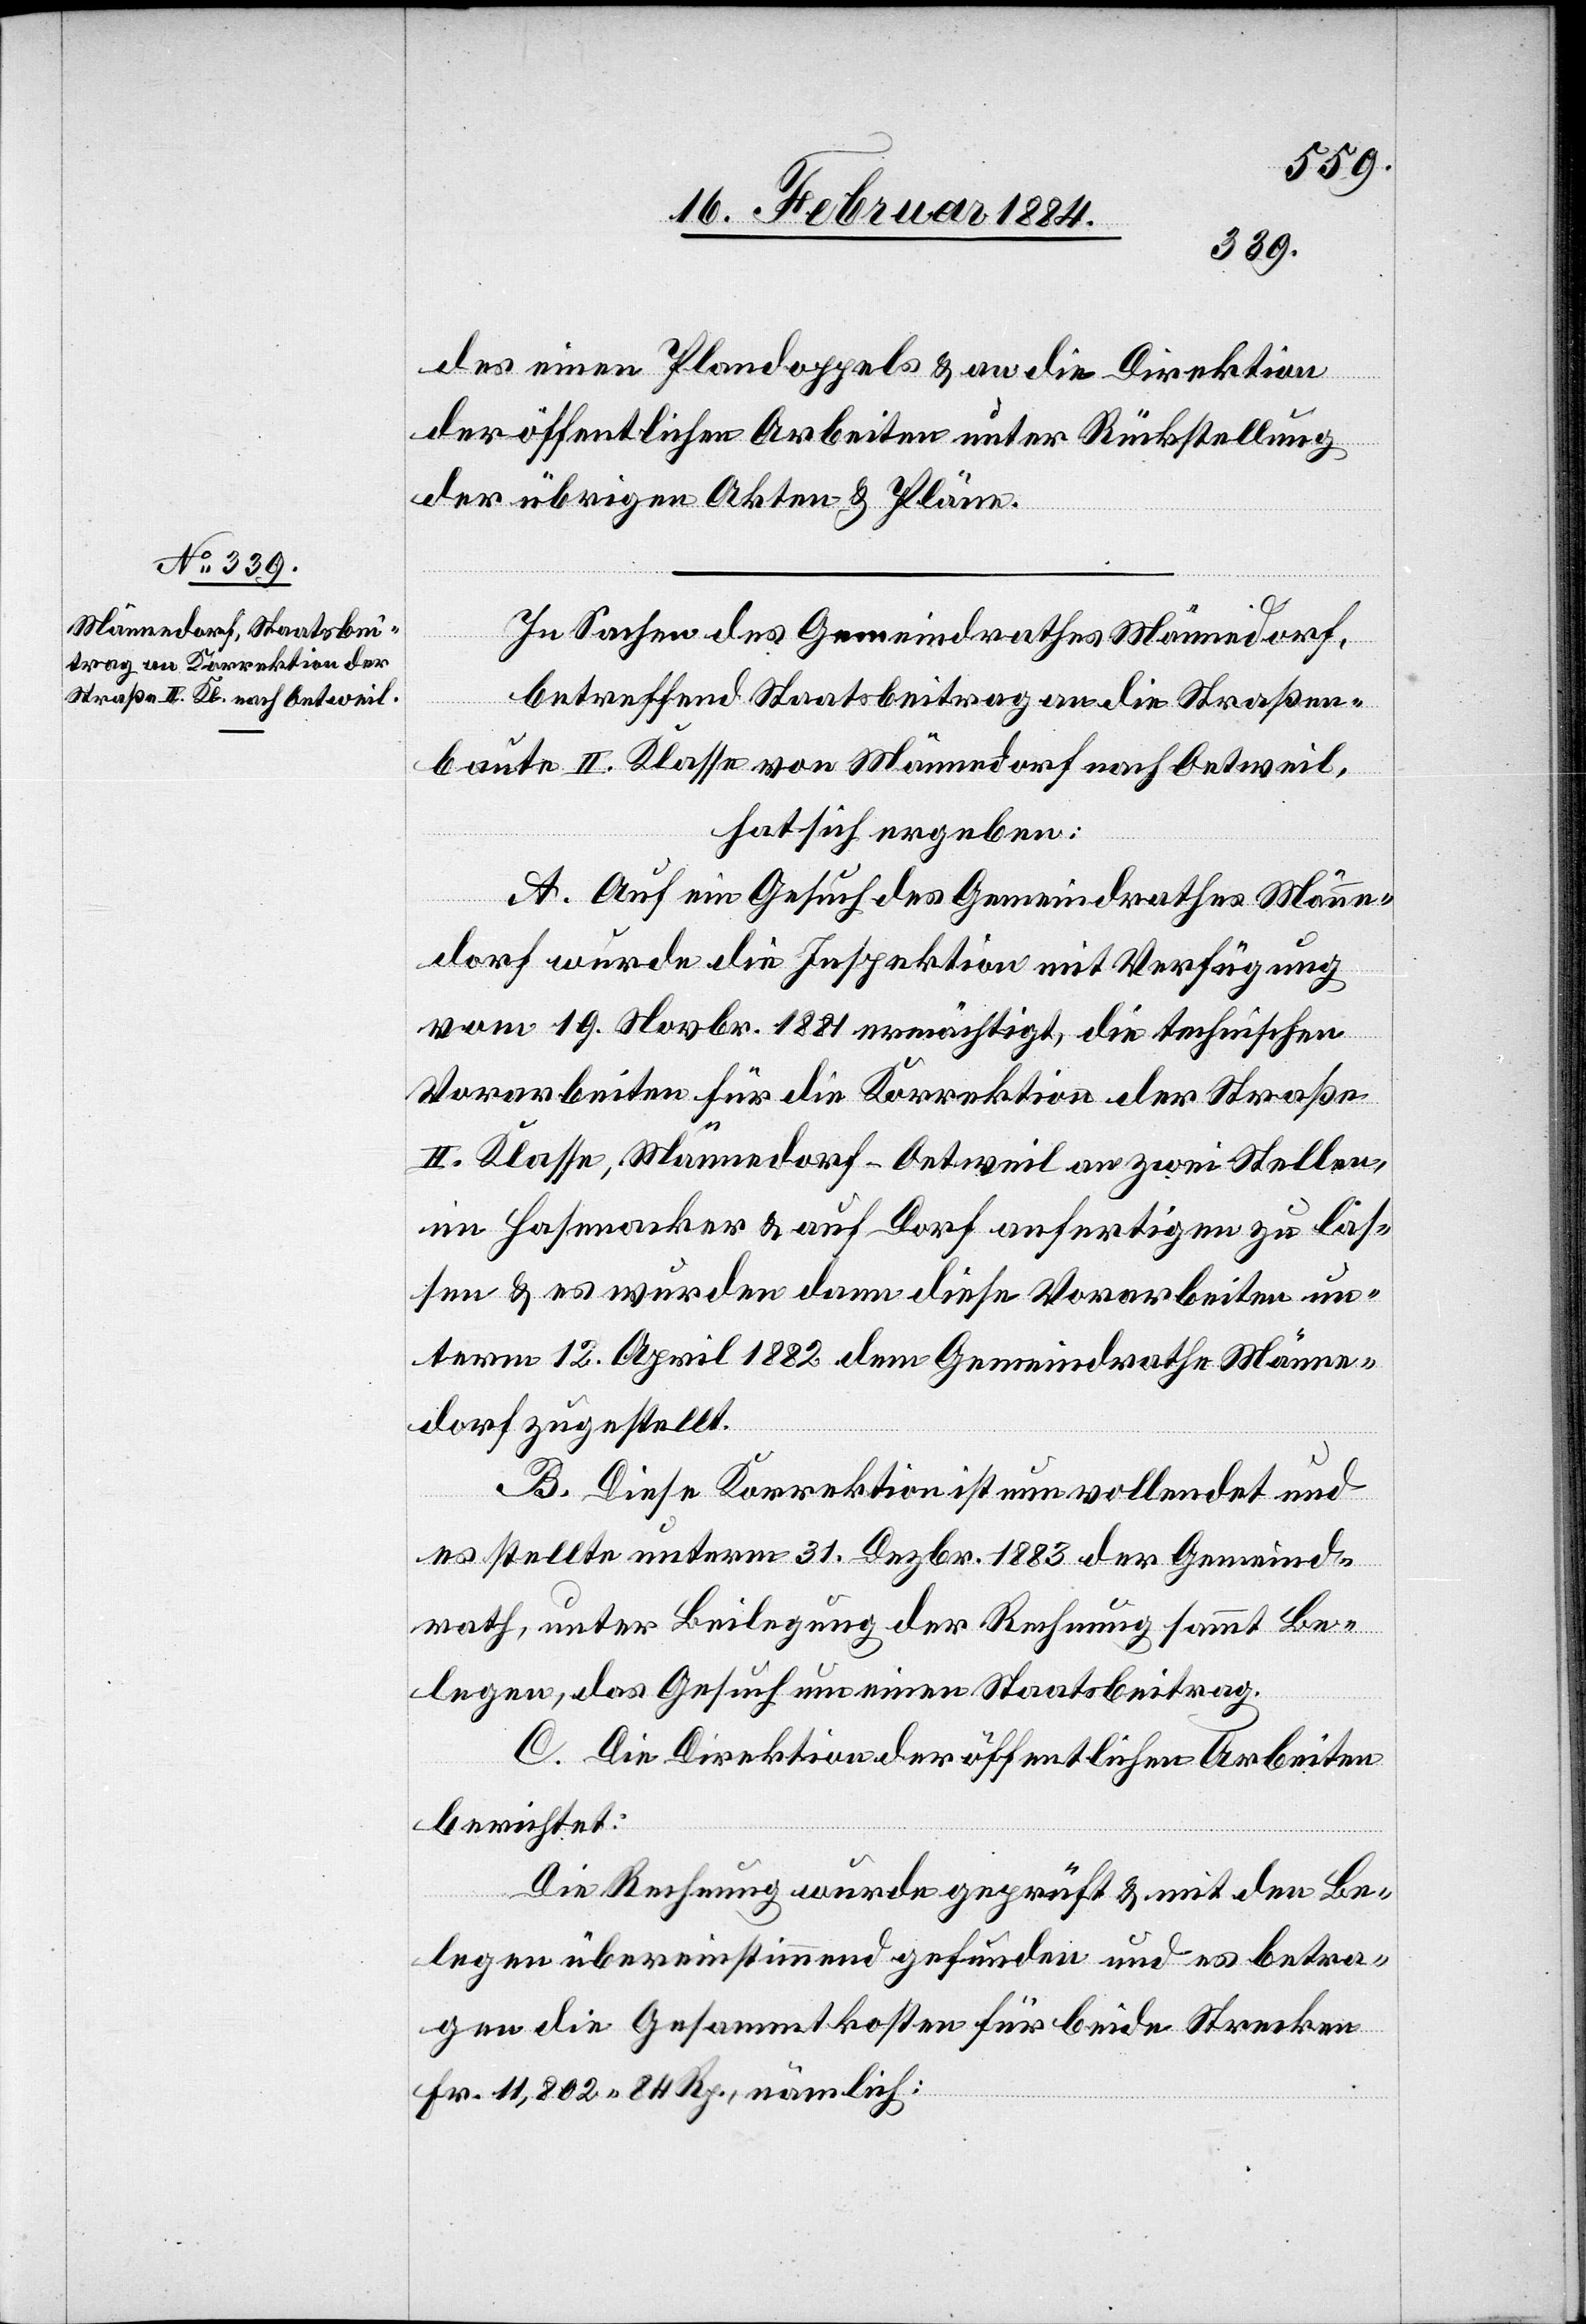
des einen Plandoppels & an die Direktion
der öffentlichen Arbeiten unter Rückstellung
der übrigen Akten & Pläne.
In Sachen des Gemeindrathes Männedorf,
betreffend Staatsbeitrag an die Straßen¬
baute II. Klasse von Männedorf nach Oetweil,
hat sich ergeben:
A. Auf ein Gesuch des Gemeindrathes Männe¬
dorf wurde die Inspektion mit Verfügung
vom 19. Novbr. 1881 ermächtigt, die technischen
Vorarbeiten für die Korrektion der Straße
II. Klasse, Männedorf–Oetweil an zwei Stellen,
im Hasenacker & auf Dorf anfertigen zu las¬
sen & es wurden dann diese Vorarbeiten un¬
term 12. April 1882 dem Gemeindrathe Männe¬
dorf zugestellt.
B. Diese Korrektion ist nun vollendet und
es stellte unterm 31. Dezbr. 1883 der Gemeind¬
rath, unter Beilegung der Rechnung sammt Be¬
legen, das Gesuch um einen Staatsbeitrag.
C. Die Direktion der öffentlichen Arbeiten
berichtet:
Die Rechnung wurde geprüft & mit den Be¬
legen übereinstimmend gefunden und es betra¬
gen die Gesammtkosten für beide Strecken
Fr. 11,802 64 Rp., nämlich: